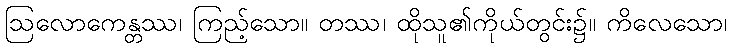
ဩလောကေန္တဿ၊ ကြည့်သော။ တဿ၊ ထိုသူ၏ကိုယ်တွင်း၌။ ကိလေသော၊